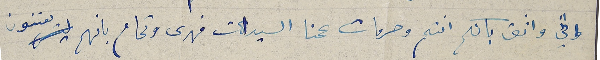
واني واثق بانكم انتم وحرمات عمنا السيدات فهدى وتمام بانهم يعتنون